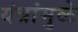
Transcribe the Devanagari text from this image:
यंत्रांमुळे